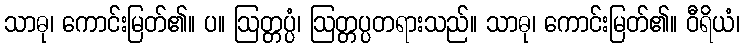
သာဓု၊ ကောင်းမြတ်၏။ ပ။ ဩတ္တပ္ပံ၊ ဩတ္တပ္ပတရားသည်။ သာဓု၊ ကောင်းမြတ်၏။ ဝီရိယံ၊